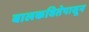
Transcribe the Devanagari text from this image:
बालकवितेपासून